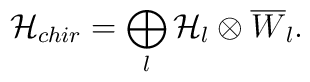
{\cal H}_{chir} = \bigoplus_{l} {\cal H}_{l} \otimes\overline{W}_{l}.